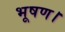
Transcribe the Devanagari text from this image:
भूषण।